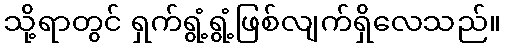
သို့ရာတွင် ရှက်ရွံ့ရွံ့ဖြစ်လျက်ရှိလေသည်။